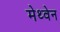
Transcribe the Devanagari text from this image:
मेथ्वेन